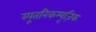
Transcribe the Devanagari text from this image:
स्पूतनिकम्यूज़िक